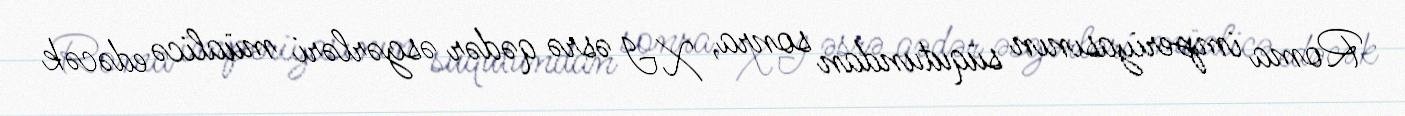
Roma imperiyasının süqutundan sonra, XI əsrə qədər əsgərləri müalicə edəcək